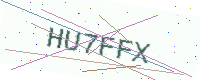
Text: HU7FFX